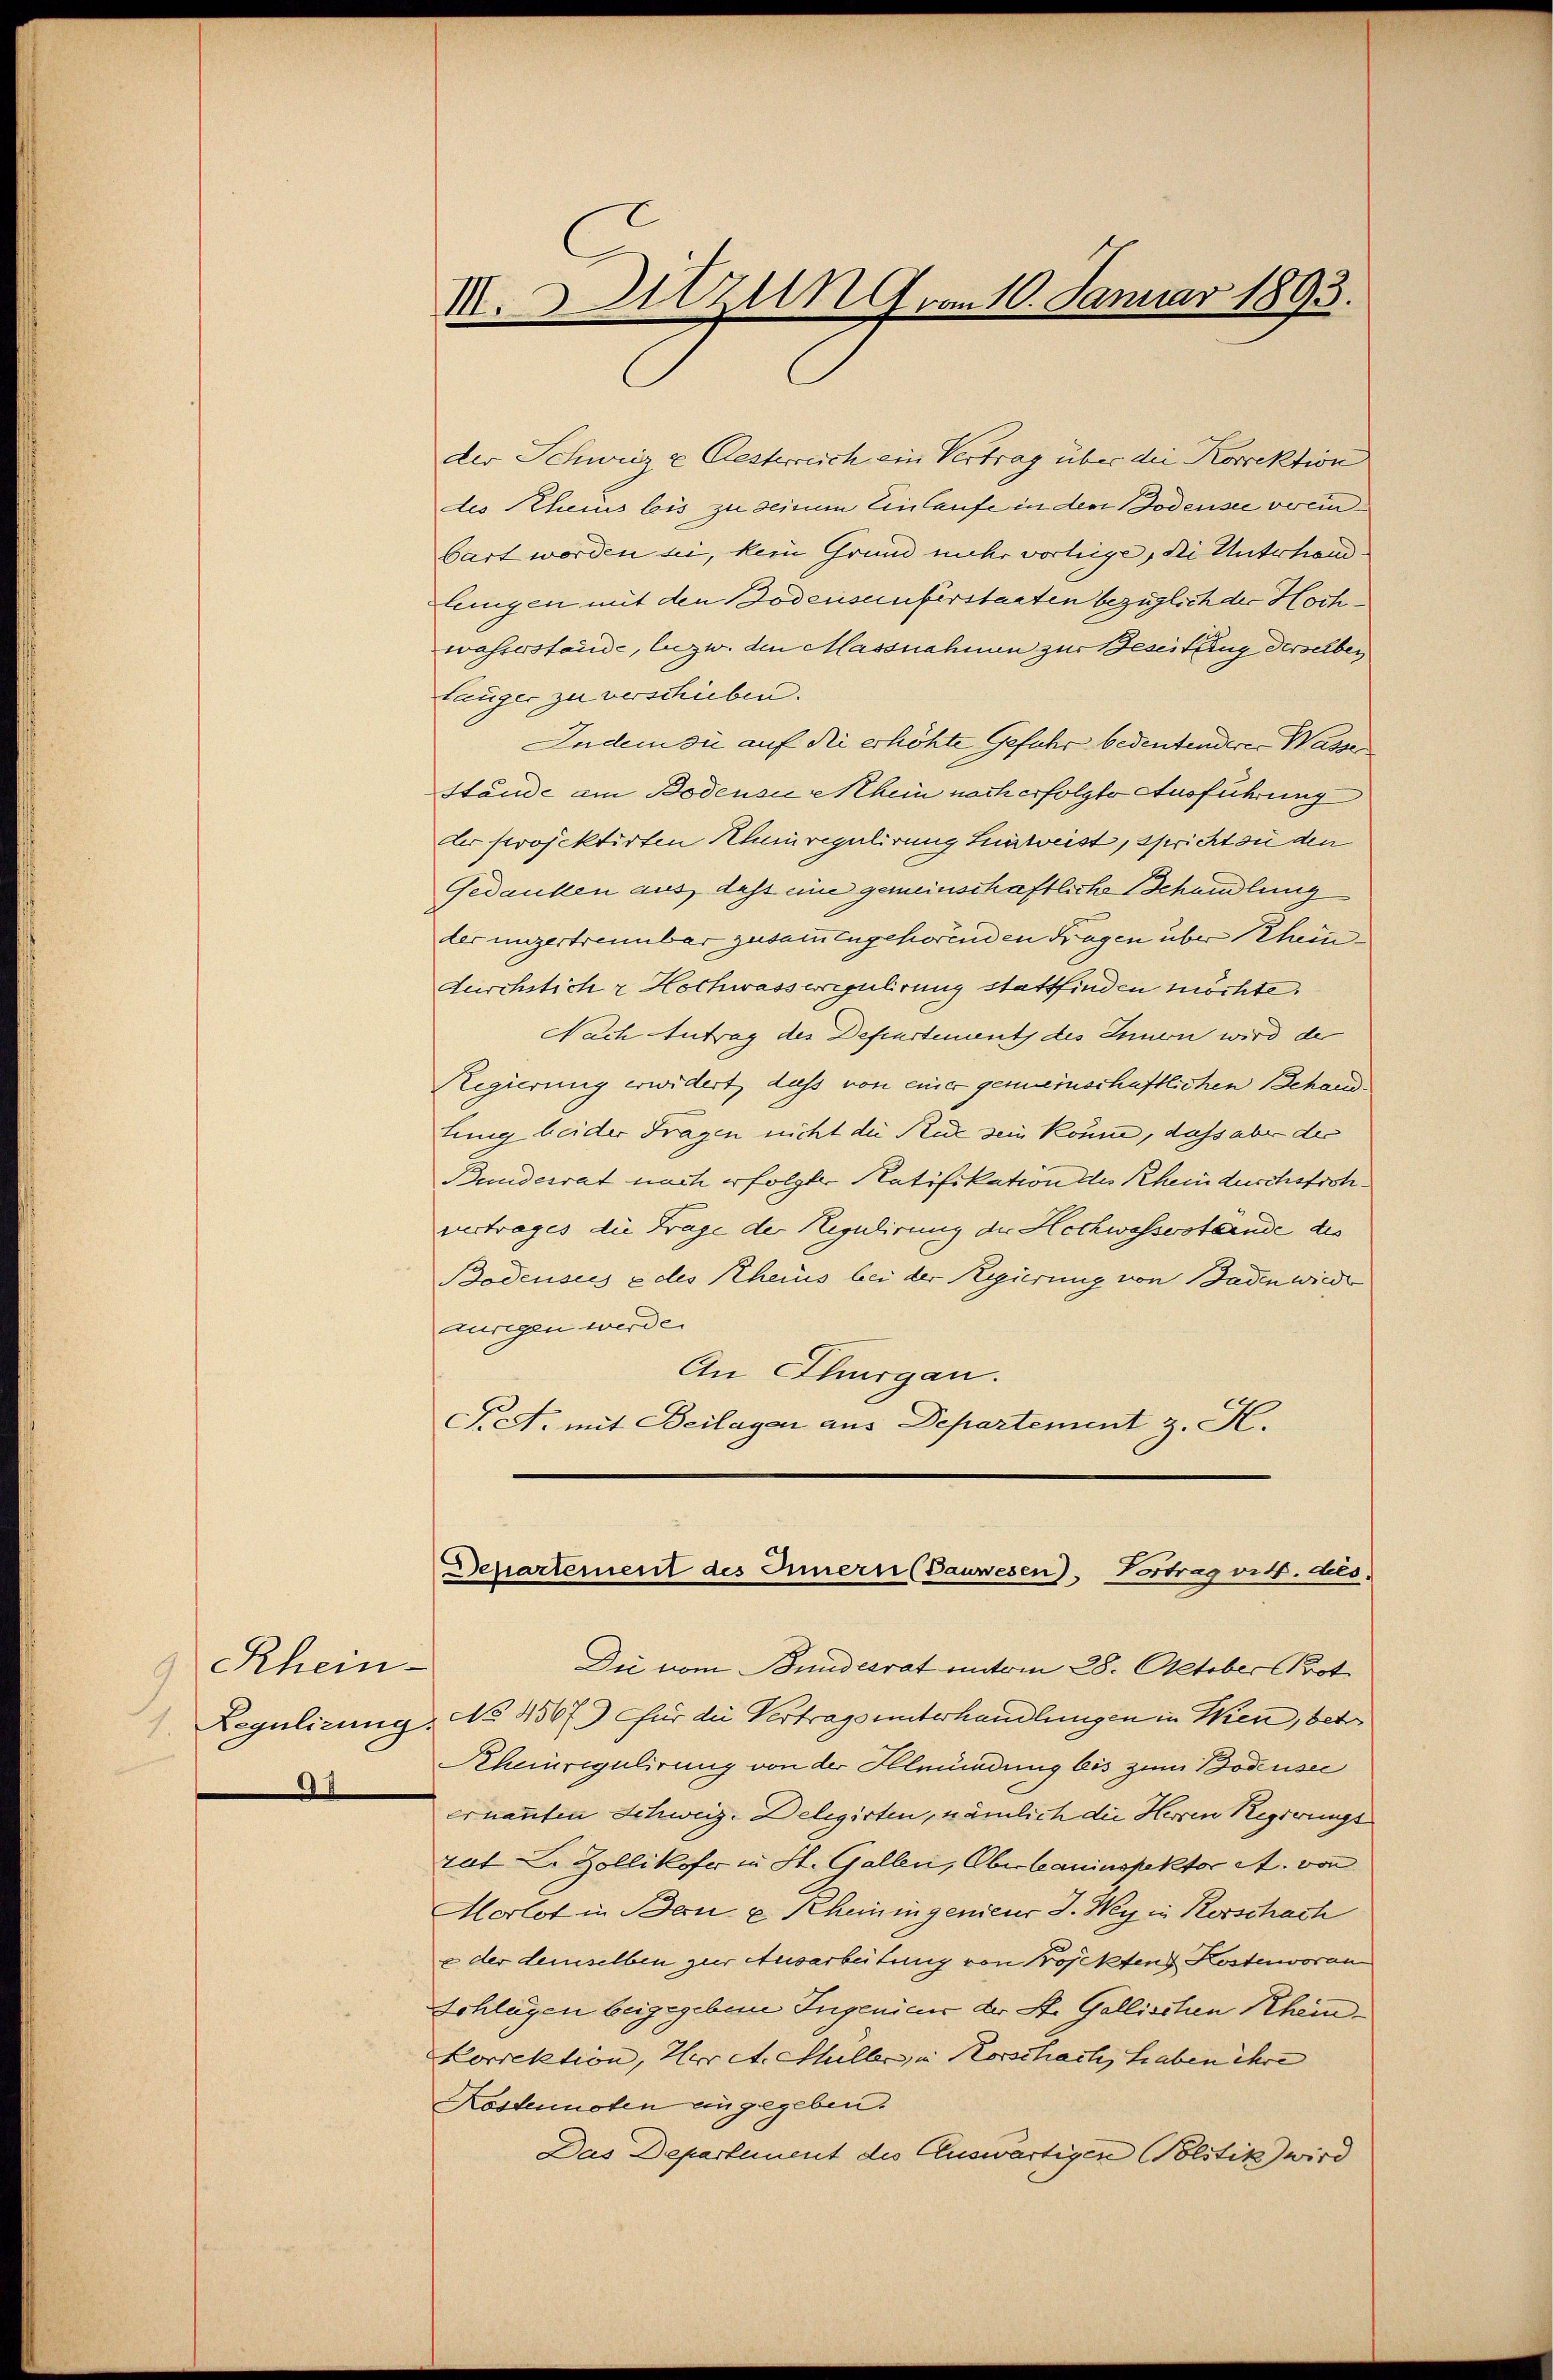
Rhein
9
6

der Schweize Gesterreich ein Vertrag über die Korrektion
des Rheins bis zu seinem Einlaufe in dem Bodensee vereinbart worden sei, kein Grund mehr vorliege, die Unterhandlungen mit den Bodensauferstaaten bezüglich der Hochwasserstände, bezw. den Massnahmen zur Beseitung derselben
länger zu verschieben.
Indem sie auf die erhöhte Gefahr bedeutenderer Wasser
Stände am Bodenschein noch erfolgte Ausführung
der projektirten Khunregulirung Leinweist, spricht zu den
Gedanken aus, dass eine gemeinschaftliche Behandlung
der unzertrennbar zusammengehörenden Fragen über Rheindurchstichr Hochwasserregulirung stattfinden möchte.
Nach Antrag des Defenstements des Innern wird de
Regierung erwidert, dass von einer gemeinschaftlichen Behandlung beider Fragen nicht die Reue sein könne, dass aber der
Bundesrat noch erfolgter Ratifikation des Rhein durchstochvertrages die Frage der Regulirung der Hochwasserstände des
Bodenses & des Rheins bei der Regierung von Baden wiede
wurigen werde.
An Thurgau.
F.M. mit Beilagen aus Departement z. K.

III. Sitzung von 10. Januar 1893.

Departement des Innern (Bauwesen. Vortrag vit. des¬

Die vom Bundesrat unterm 28. Oktober Prot
Regulirung No 4367) für die Vertrags unterhandlungen in Wien, betr
Rheinregulirung von der Illmündung bis zum Bodensee
ernannten Schweiz. Delegirten, nämlich die Herren Regierungs
rat. Zollikofer in St. Gallen, Oberbauinspektor A. von
Morlot in Bern u. Rheiningenieur J. Wey in Kerschach
e der demselben zur Ausarbeitung von Projektens Kostenvoran
Splügen beigegebene Ingenieur der St. Gallischen Rhein¬
Lorrektion, Heret. Müller, in Rorschach, haben ihre
Kostennoten eingegeben.
Das Departement des Auswärtigen Polstik wird